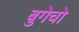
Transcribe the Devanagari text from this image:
बुगेचो